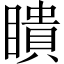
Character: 瞶